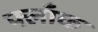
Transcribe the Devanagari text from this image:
फ्लाँक